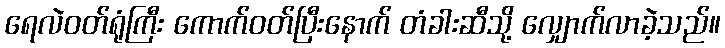
ရေလဲဝတ်ရုံကြီး ကောက်ဝတ်ပြီးနောက် တံခါးဆီသို့ လျှောက်လာခဲ့သည်။